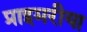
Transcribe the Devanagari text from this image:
प्राइमरीया